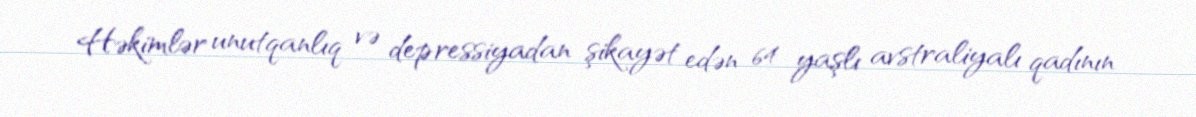
Həkimlər unutqanlıq və depressiyadan şikayət edən 64 yaşlı avstraliyalı qadının